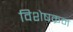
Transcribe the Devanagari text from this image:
विशेषक्रम